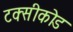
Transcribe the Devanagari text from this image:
टक्सीकोड